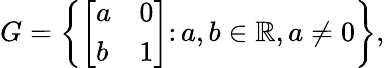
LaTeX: G=\left\{ {\left[\begin{array}{ll}{a}&{0}\\ {b}&{1}\end{array}\right]}\colon a,b\in\mathbb{R},a\neq 0\right\} ,